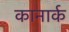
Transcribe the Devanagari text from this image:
कानार्क